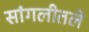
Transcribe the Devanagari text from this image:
सांगलीतले